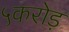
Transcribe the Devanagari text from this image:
५करोड़